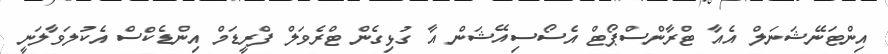
އިންޓަނޭޝަނަލް އެއާ ޓްރާންސްޕޯޓް އެސޯސިއޭޝަން އާ ގުޅިގެން ޓްރެވަލް ފްރީޑަމް އިންޑެކްސް އެކުލަވާލަނީ